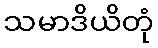
သမာဒိယိတုံ